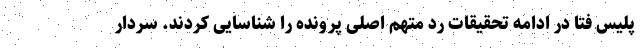
پلیس فتا در ادامه تحقیقات رد متهم اصلی پرونده را شناسایی کردند. سردار